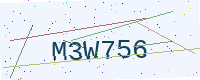
Text: M3W756